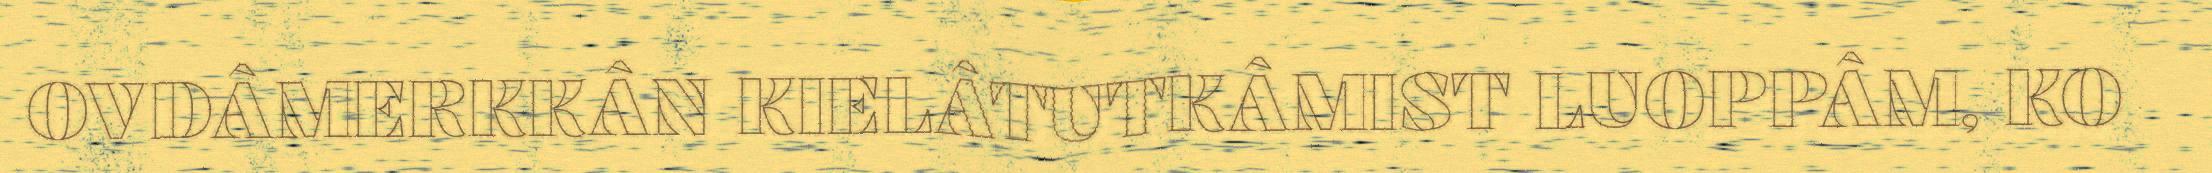
OVDÂMERKKÂN KIELÂTUTKÂMIST LUOPPÂM, KO